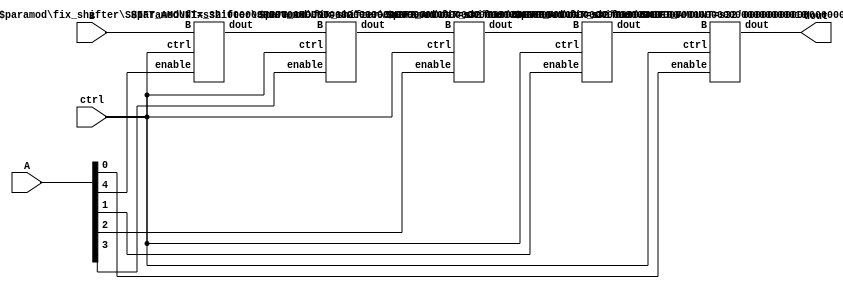
module shifter(
    output [31:0] dout,
    input [31:0] A,
    input [31:0] B,
    input [1:0] ctrl
);

wire [31:0] dout_16, dout_8, dout_4, dout_2;

fix_shifter #(16) shifter_16(dout_16, B, ctrl, A[4]);
fix_shifter #(8) shifter_8(dout_8, dout_16, ctrl, A[3]);
fix_shifter #(4) shifter_4(dout_4, dout_8, ctrl, A[2]);
fix_shifter #(2) shifter_2(dout_2, dout_4, ctrl, A[1]);
fix_shifter #(1) shifter_1(dout, dout_2, ctrl, A[0]);

endmodule


module fix_shifter(
    output reg [31:0] dout,
    input [31:0] B,
    input [1:0] ctrl,
    input enable
);

parameter SHIFT_AMOUNT = 1;

wire signed [31:0] signedB = B;

always @(*) begin
    if (enable)
        case (ctrl)
            2'b00:  // SLL: S = B << A[4:0].
                dout = B << SHIFT_AMOUNT;
            2'b01:  // SRL: S = B >> A[4:0].
                dout = B >> SHIFT_AMOUNT;
            2'b11:  // SRA: S = B >> A[4:0] .
                dout = signedB >>> SHIFT_AMOUNT;
            default:
                dout = B;
        endcase
    else
        dout = B;
end

endmodule